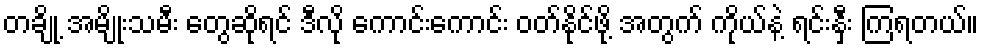
တချို့ အမျိုးသမီး တွေဆိုရင် ဒီလို ကောင်းကောင်း ဝတ်နိုင်ဖို့ အတွက် ကိုယ်နဲ့ ရင်းနှီး ကြရတယ်။